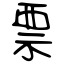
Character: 票